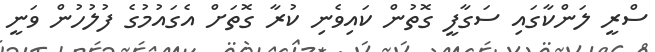
ސްރީ ލަންކާގައި ސަގާފީ ގޮތުން ކައިވެނި ކުރާ ގޮތަށް އެގައުމުގެ ފުލުހުން ވަނީ